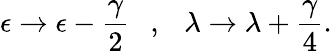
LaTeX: \epsilon\rightarrow\epsilon-\frac{\gamma}{2}\ \ \ ,\ \ \ \lambda\rightarrow\lambda+\frac{\gamma}{4}.